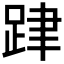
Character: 𨀞